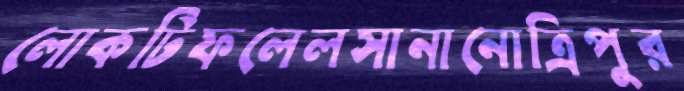
লোকটিফলেলসানানোত্রিপুর